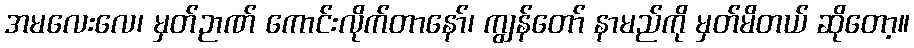
အမလေးလေ၊ မှတ်ဉာဏ် ကောင်းလိုက်တာနော်၊ ကျွန်တော် နာမည်ကို မှတ်မိတယ် ဆိုတော့။